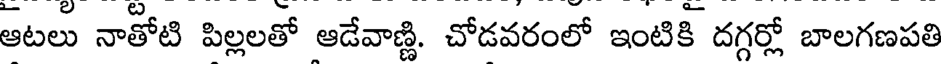
ఆటలు నాతోటి పిల్లలతో ఆడేవాణ్ణి. చోడవరంలో ఇంటికి దగ్గర్లో బాలగణపతి